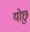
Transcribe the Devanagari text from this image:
योछु